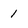
Character: 1